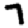
Digit: 7